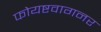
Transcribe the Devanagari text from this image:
फोयष्टवागनर